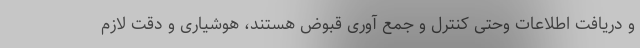
و دریافت اطلاعات وحتی کنترل و جمع آوری قبوض هستند، هوشیاری و دقت لازم